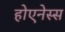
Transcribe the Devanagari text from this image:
होएनेस्स